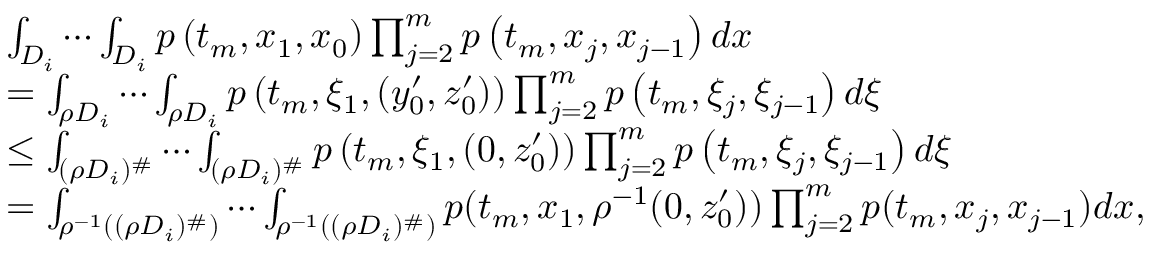
\begin{array} { r l } & { \int _ { D _ { i } } \cdots \int _ { D _ { i } } p \left( t _ { m } , x _ { 1 } , x _ { 0 } \right) \prod _ { j = 2 } ^ { m } p \left( t _ { m } , x _ { j } , x _ { j - 1 } \right) d x } \\ & { = \int _ { \rho D _ { i } } \cdots \int _ { \rho D _ { i } } p \left( t _ { m } , \xi _ { 1 } , ( y _ { 0 } ^ { \prime } , z _ { 0 } ^ { \prime } ) \right) \prod _ { j = 2 } ^ { m } p \left( t _ { m } , \xi _ { j } , \xi _ { j - 1 } \right) d \xi } \\ & { \le \int _ { ( \rho D _ { i } ) ^ { \# } } \cdots \int _ { ( \rho D _ { i } ) ^ { \# } } p \left( t _ { m } , \xi _ { 1 } , ( 0 , z _ { 0 } ^ { \prime } ) \right) \prod _ { j = 2 } ^ { m } p \left( t _ { m } , \xi _ { j } , \xi _ { j - 1 } \right) d \xi } \\ & { = \int _ { \rho ^ { - 1 } ( ( \rho D _ { i } ) ^ { \# } ) } \cdots \int _ { \rho ^ { - 1 } ( ( \rho D _ { i } ) ^ { \# } ) } p ( t _ { m } , x _ { 1 } , \rho ^ { - 1 } ( 0 , z _ { 0 } ^ { \prime } ) ) \prod _ { j = 2 } ^ { m } p ( t _ { m } , x _ { j } , x _ { j - 1 } ) d x , } \end{array}